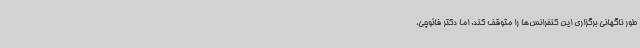
طور ناگهانی برگزاری این کنفرانس‌ها را متوقف کند. اما دکتر فائوچی،